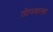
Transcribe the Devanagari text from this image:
तोपवासा